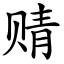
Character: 䞍